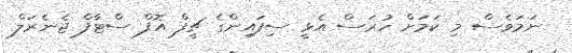
ނަަމަވެސް މި ކަމަށް ހުރަސް އެޅީ ސިފައިންގެ ޗީފް އޮފް ސްޓާފް ޖެނެރަލް